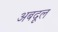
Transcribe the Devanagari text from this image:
अबदूल